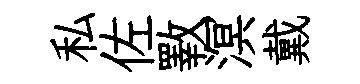
私佐斁溟戴